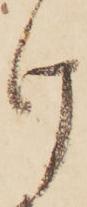
け